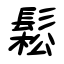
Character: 鬆